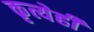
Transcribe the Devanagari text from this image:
कृत्येही